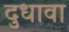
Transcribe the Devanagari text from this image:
दुधावा